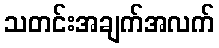
သတင်းအချက်အလက်